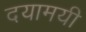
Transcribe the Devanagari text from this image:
दयामयी